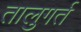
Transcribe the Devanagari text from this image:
तालुगर्त